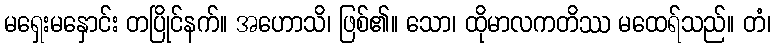
မရှေးမနှောင်း တပြိုင်နက်။ အဟောသိ၊ ဖြစ်၏။ သော၊ ထိုမာလကတိဿ မထေရ်သည်။ တံ၊